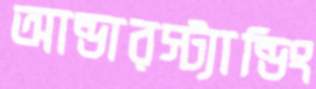
আন্ডারস্ট্যান্ডিং